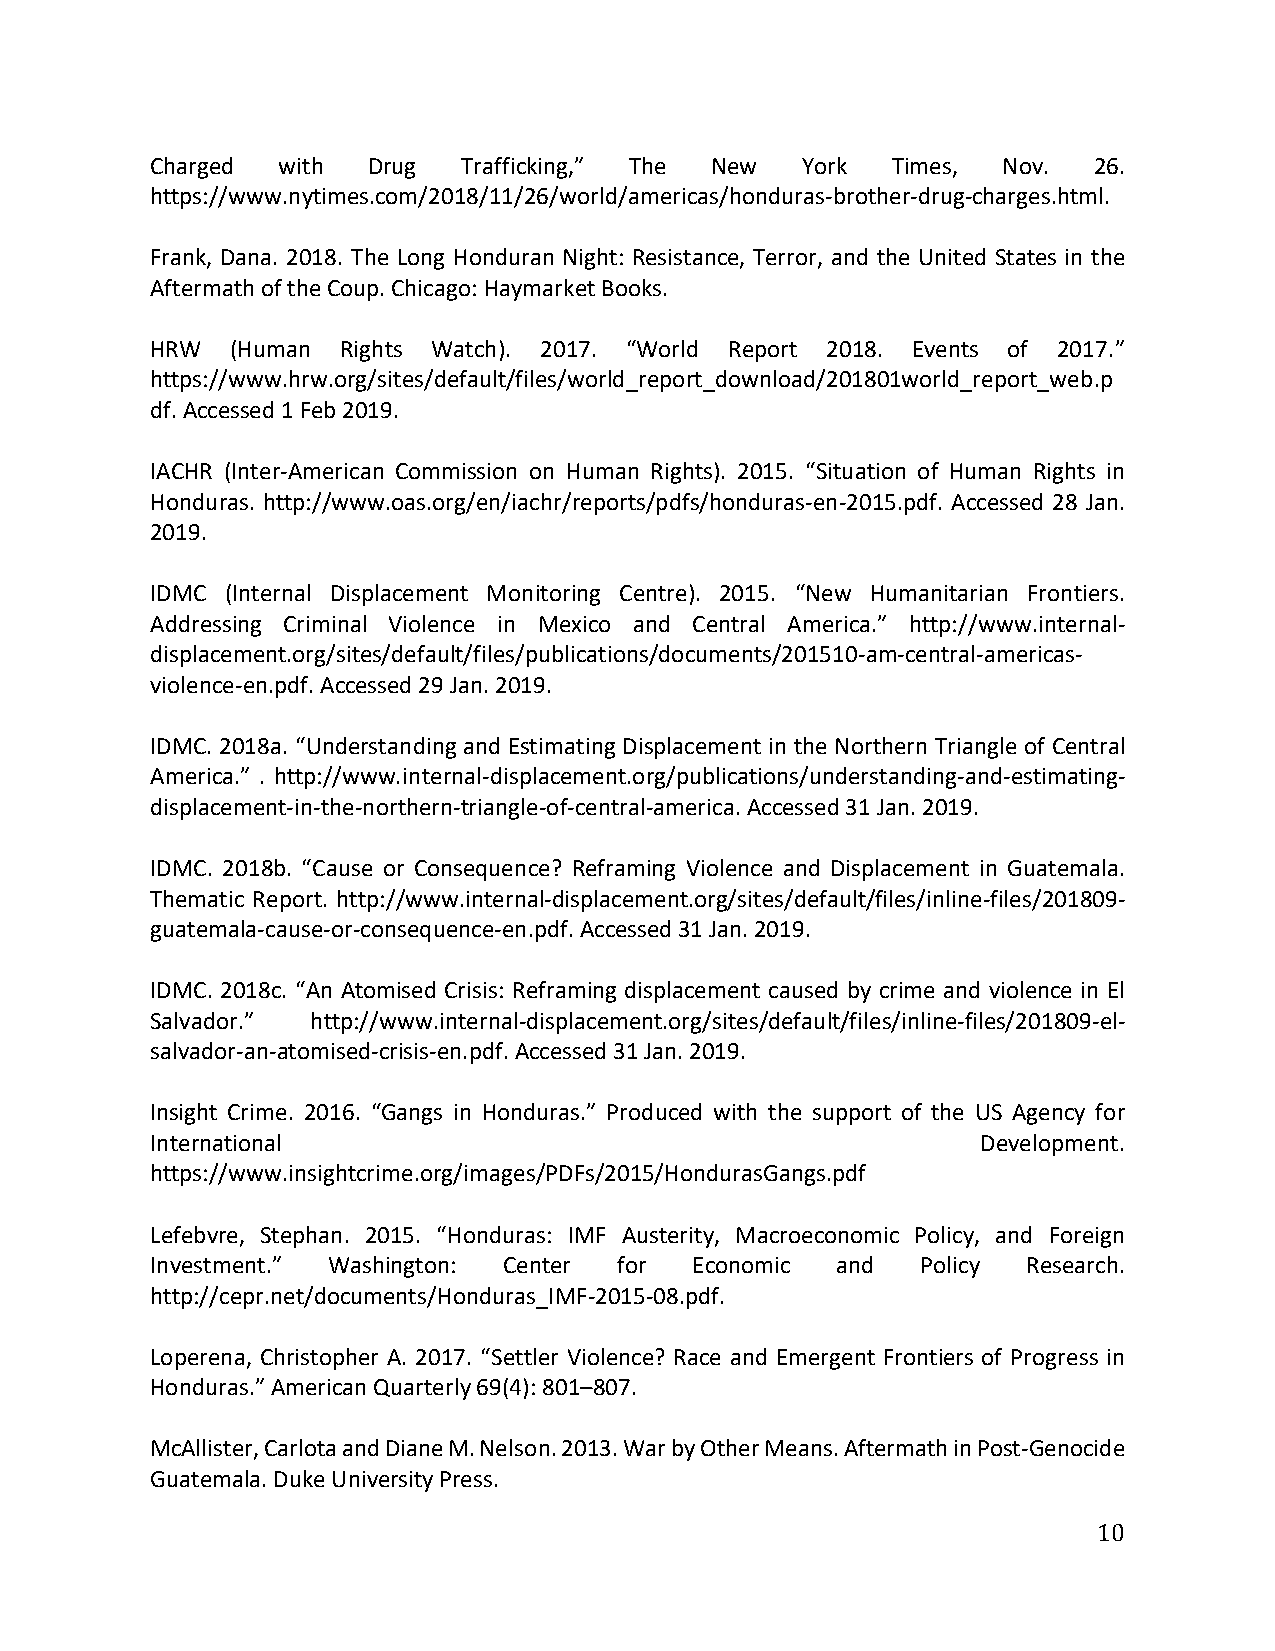
Charged with  Drug   Trafficking,” The New York  Times, Nov.  26.
 https://www.nytimes.com/2018/11/26/world/americas/honduras-brother-drug-charges.html.
 Frank, Dana. 2018. The Long Honduran Night: Resistance, Terror, and the United States in the
 Aftermath of the Coup. Chicago: Haymarket Books.
 HRW  (Human  Rights Watch). 2017. “World Report 2018. Events of 2017.”
 https://www.hrw.org/sites/default/files/world_report_download/201801world_report_web.p
 df. Accessed 1 Feb 2019.
 IACHR (Inter-American Commission on Human Rights). 2015. “Situation of Human Rights in
 Honduras. http://www.oas.org/en/iachr/reports/pdfs/honduras-en-2015.pdf. Accessed 28 Jan.
 2019.
 IDMC (Internal Displacement Monitoring Centre). 2015. “New Humanitarian Frontiers.
 Addressing Criminal Violence in Mexico and Central America.” http://www.internal-
 displacement.org/sites/default/files/publications/documents/201510-am-central-americas-
 violence-en.pdf. Accessed 29 Jan. 2019.
 IDMC. 2018a. “Understanding and Estimating Displacement in the Northern Triangle of Central
 America.” . http://www.internal-displacement.org/publications/understanding-and-estimating-
 displacement-in-the-northern-triangle-of-central-america. Accessed 31 Jan. 2019.
 IDMC. 2018b. “Cause or Consequence? Reframing Violence and Displacement in Guatemala.
 Thematic Report. http://www.internal-displacement.org/sites/default/files/inline-files/201809-
 guatemala-cause-or-consequence-en.pdf. Accessed 31 Jan. 2019.
 IDMC. 2018c. “An Atomised Crisis: Reframing displacement caused by crime and violence in El
 Salvador.” http://www.internal-displacement.org/sites/default/files/inline-files/201809-el-
 salvador-an-atomised-crisis-en.pdf. Accessed 31 Jan. 2019.
 Insight Crime. 2016. “Gangs in Honduras.” Produced with the support of the US Agency for
 International                                          Development.
 https://www.insightcrime.org/images/PDFs/2015/HondurasGangs.pdf
 Lefebvre, Stephan. 2015. “Honduras: IMF Austerity, Macroeconomic Policy, and Foreign
 Investment.” Washington: Center for Economic and   Policy Research.
 http://cepr.net/documents/Honduras_IMF-2015-08.pdf.
 Loperena, Christopher A. 2017. “Settler Violence? Race and Emergent Frontiers of Progress in
 Honduras.” American Quarterly 69(4): 801–807.
 McAllister, Carlota and Diane M. Nelson. 2013. War by Other Means. Aftermath in Post-Genocide
 Guatemala. Duke University Press.
 10